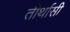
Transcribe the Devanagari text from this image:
तीर्थासी